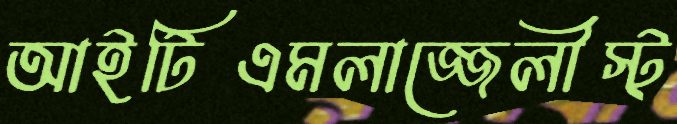
আইটিএমলাজ্জেলীস্ট্